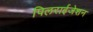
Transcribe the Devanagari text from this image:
पिलराईजेशन